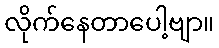
လိုက်နေတာပေါ့ဗျာ။